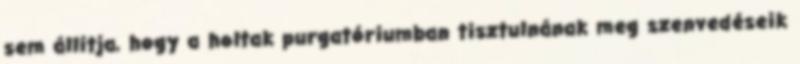
sem állítja, hogy a holtak purgatóriumban tisztulnának meg szenvedéseik